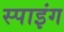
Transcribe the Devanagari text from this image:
स्पाइंग